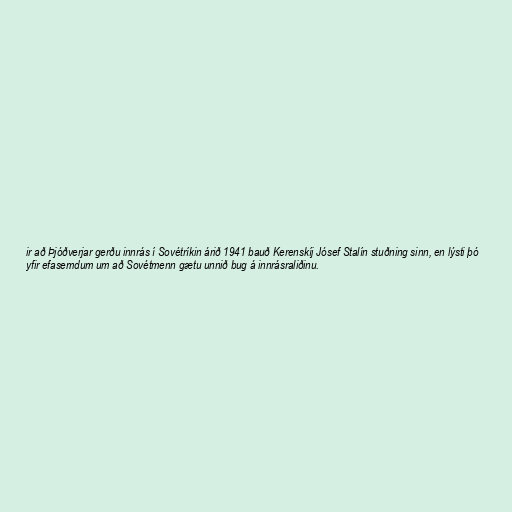
ir að Þjóðverjar gerðu innrás í Sovétríkin árið 1941 bauð Kerenskíj Jósef Stalín stuðning sinn, en lýsti þó
yfir efasemdum um að Sovétmenn gætu unnið bug á innrásraliðinu.